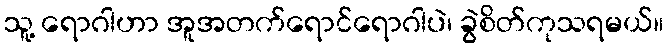
သူ့ ရောဂါဟာ အူအတက်ရောင်ရောဂါပဲ၊ ခွဲစိတ်ကုသရမယ်။